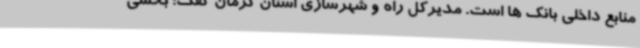
منابع داخلی بانک ها است. مدیرکل راه و شهرسازی استان کرمان گفت: بخشی